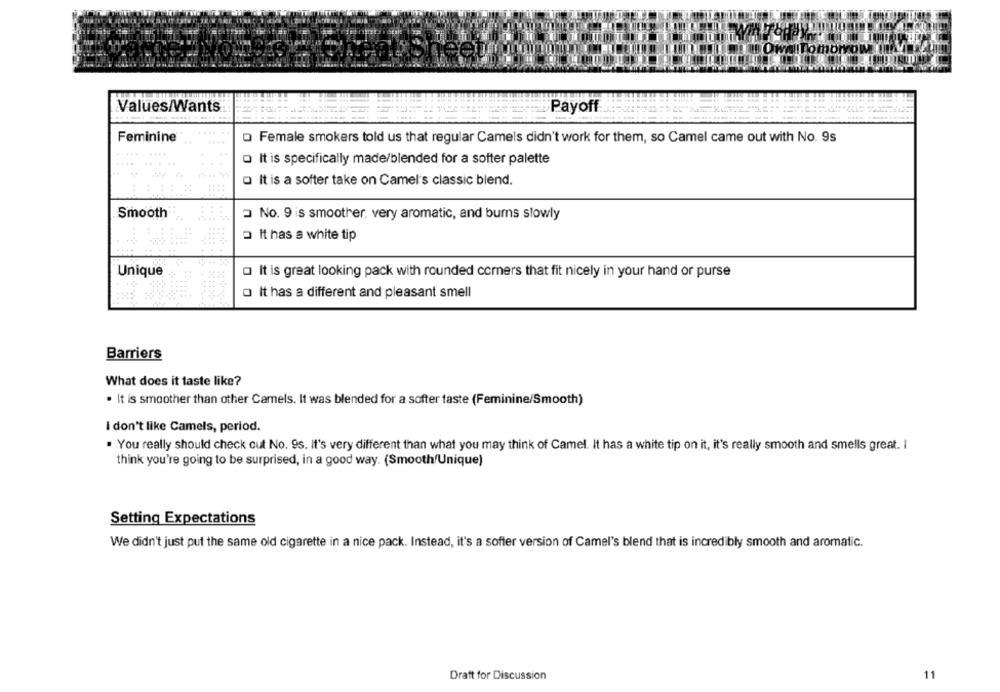
Tomo
Values/Wants
Payoff
Feminine®
Female smokers told us that regular Camels didn't work for them, so Camel came out with No. 9s
O It is specifically made/blended for a softer palette
O It is a softer take on Camel's classic blend.
Smooth
No. 9 is smoother, very aromatic, and burns slowly
It has a white tip
....
Unique
o It is great looking pack with rounded corners that fit nicely in your hand or purse
o It has a different and pleasant smell
Barriers
What does it taste like?
. It is smoother than other Camels. It was blended for a softer taste (Feminine/Smooth)
I don't like Camels, period.
. You really should check out No. 9s. It's very different than what you may think of Camel. It has a white tip on it, it's really smooth and smells great. I
think you're going to be surprised, in a good way. (Smooth Unique)
Setting Expectations
We didn't just put the same old cigarette in a nice pack. Instead, it's a softer version of Camel's blend that is incredibly smooth and aromatic.
Draft for Discussion
11